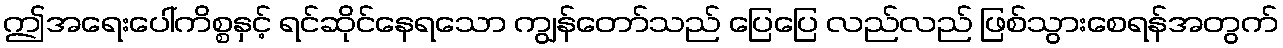
ဤအရေးပေါ်ကိစ္စနှင့် ရင်ဆိုင်နေရသော ကျွန်တော်သည် ပြေပြေ လည်လည် ဖြစ်သွားစေရန်အတွက်